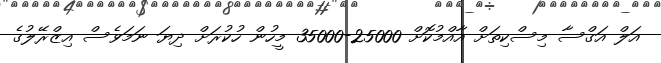
އަލް އަގްސާ މިސްކިތަށް އާއްމުކޮށް 25000-35000 މީހުން ހުކުރަށް ދިޔަ ނަމަވެސް އިޒްރޭލުގެ